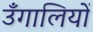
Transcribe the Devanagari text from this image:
उँगालियों